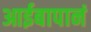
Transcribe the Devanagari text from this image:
आईबापानं